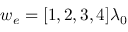
w _ { e } = [ 1 , 2 , 3 , 4 ] \lambda _ { 0 }